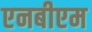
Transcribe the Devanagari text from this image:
एनबीएम